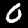
Label: 0